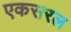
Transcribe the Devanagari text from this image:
एकसरल